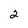
Character: 2